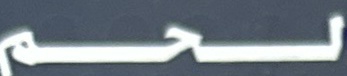
لحم